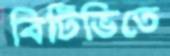
বিটিভিতে